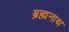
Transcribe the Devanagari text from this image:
ब्रह्मनाथ